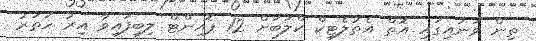
ތިން ވަނައިގައި އޮތް އެތުލެޓިކް ކްލަބަށް 12 ޕޮއިންޓް ލިބިފައިވާ އިރު ހަތަރު